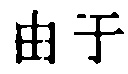
由于